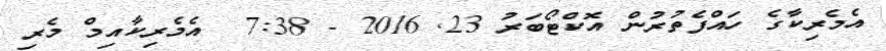
އެމެރިކާގެ ހައްފެތުރުން އޮކްޓޯބަރު 23